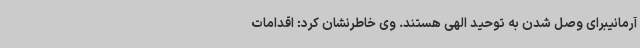
آرمانیبرای وصل شدن به توحید الهی هستند. وی خاطرنشان کرد: اقدامات